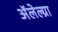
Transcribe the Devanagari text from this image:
अॅलेल्ग्रा